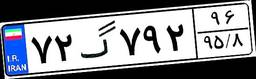
۵۸گ۷۶۳۶۸